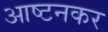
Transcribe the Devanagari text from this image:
आष्टनकर